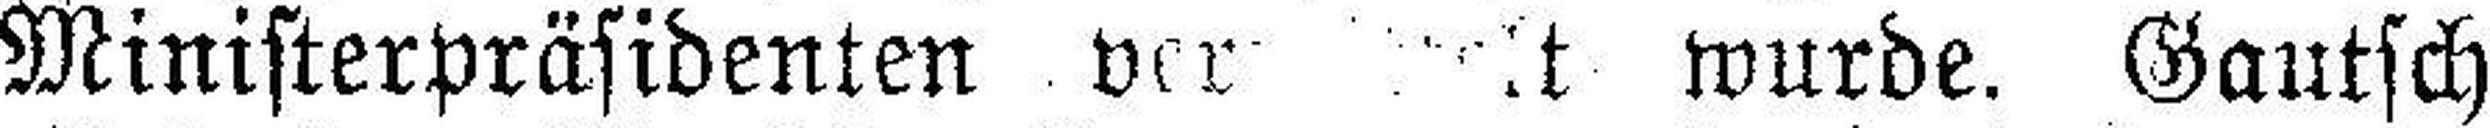
Ministerpräsidenten ver### it wurde. Gautsch